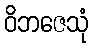
ဝိဘဇေသုံ